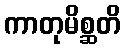
ကာတုမိစ္ဆတိ